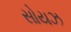
સોયઝ